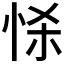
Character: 𢘹